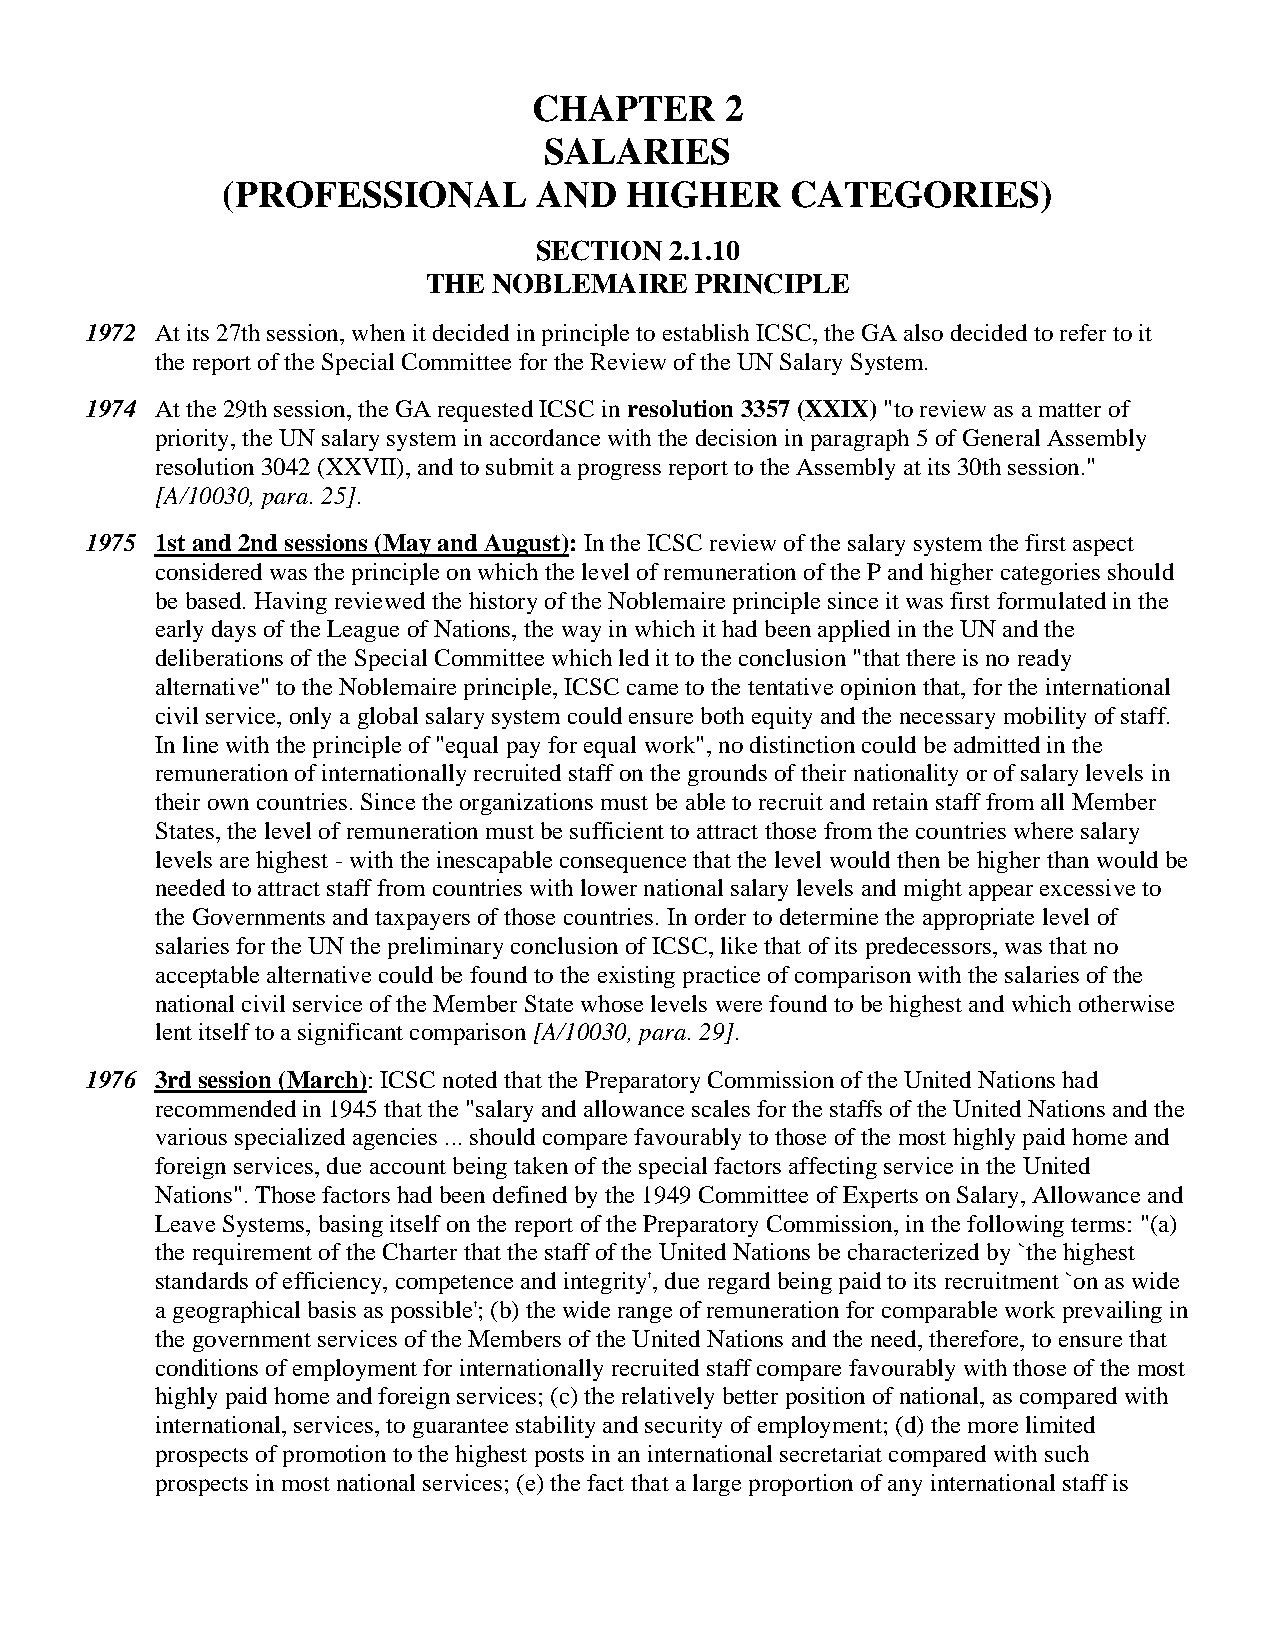
CHAPTER      2
 SALARIES
 (PROFESSIONAL       AND   HIGHER     CATEGORIES)
 SECTION  2.1.10
 THE  NOBLEMAIRE   PRINCIPLE
 1972 At its 27th session, when it decided in principle to establish ICSC, the GA also decided to refer to it
 the report of the Special Committee for the Review of the UN Salary System.
 1974 At the 29th session, the GA requested ICSC in resolution 3357 (XXIX) "to review as a matter of
 priority, the UN salary system in accordance with the decision in paragraph 5 of General Assembly
 resolution 3042 (XXVII), and to submit a progress report to the Assembly at its 30th session."
 [A/10030, para. 25].
 1975 1st and 2nd sessions (May and August): In the ICSC review of the salary system the first aspect
 considered was the principle on which the level of remuneration of the P and higher categories should
 be based. Having reviewed the history of the Noblemaire principle since it was first formulated in the
 early days of the League of Nations, the way in which it had been applied in the UN and the
 deliberations of the Special Committee which led it to the conclusion "that there is no ready
 alternative" to the Noblemaire principle, ICSC came to the tentative opinion that, for the international
 civil service, only a global salary system could ensure both equity and the necessary mobility of staff.
 In line with the principle of "equal pay for equal work", no distinction could be admitted in the
 remuneration of internationally recruited staff on the grounds of their nationality or of salary levels in
 their own countries. Since the organizations must be able to recruit and retain staff from all Member
 States, the level of remuneration must be sufficient to attract those from the countries where salary
 levels are highest - with the inescapable consequence that the level would then be higher than would be
 needed to attract staff from countries with lower national salary levels and might appear excessive to
 the Governments and taxpayers of those countries. In order to determine the appropriate level of
 salaries for the UN the preliminary conclusion of ICSC, like that of its predecessors, was that no
 acceptable alternative could be found to the existing practice of comparison with the salaries of the
 national civil service of the Member State whose levels were found to be highest and which otherwise
 lent itself to a significant comparison [A/10030, para. 29].
 1976 3rd session (March): ICSC noted that the Preparatory Commission of the United Nations had
 recommended in 1945 that the "salary and allowance scales for the staffs of the United Nations and the
 various specialized agencies ... should compare favourably to those of the most highly paid home and
 foreign services, due account being taken of the special factors affecting service in the United
 Nations". Those factors had been defined by the 1949 Committee of Experts on Salary, Allowance and
 Leave Systems, basing itself on the report of the Preparatory Commission, in the following terms: "(a)
 the requirement of the Charter that the staff of the United Nations be characterized by `the highest
 standards of efficiency, competence and integrity', due regard being paid to its recruitment `on as wide
 a geographical basis as possible'; (b) the wide range of remuneration for comparable work prevailing in
 the government services of the Members of the United Nations and the need, therefore, to ensure that
 conditions of employment for internationally recruited staff compare favourably with those of the most
 highly paid home and foreign services; (c) the relatively better position of national, as compared with
 international, services, to guarantee stability and security of employment; (d) the more limited
 prospects of promotion to the highest posts in an international secretariat compared with such
 prospects in most national services; (e) the fact that a large proportion of any international staff is